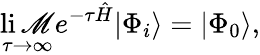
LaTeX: \operatorname*{li\mathscr{M}}_{\tau\to\infty}e^{-\tau\hat{{H}}}|\Phi_{i}\rangle=|\Phi_{0}\rangle,